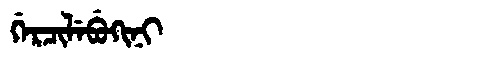
Manchu: ᡤᡝᡵᠴᡳᠯᡝᠪᡠᡴᡳᠨᡳ
Romanization: GERCILEBUKINI